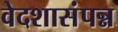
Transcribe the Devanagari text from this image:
वेदशासंपन्न